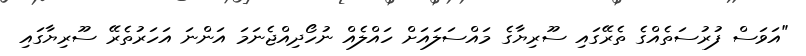
"އަވަސް ފުރުސަތެއްގެ ތެރޭގައި ސޫރިޔާގެ މައްސަލައަށް ހައްލެއް ނުހޯދިއްޖެނަމަ އަންނަ އަހަރުތެރޭ ސޫރިޔާގައި